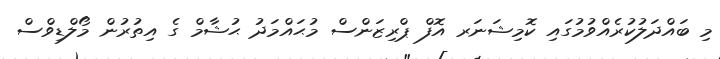
މި ބައްދަލުކުރެއްވުމުގައި ކޮމިޝަނަރ އޮފް ޕްރިޒަންސް މުޙައްމަދު ޙުޝާމް ގެ އިތުރުން މޯލްޑިވްސް